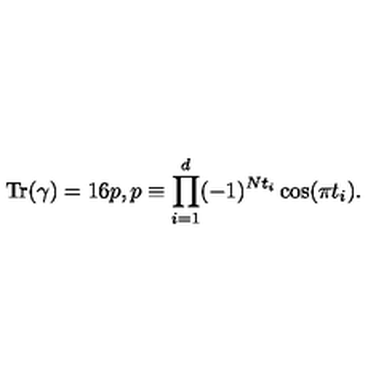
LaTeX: { \mathrm { T r } } ( \gamma ) = 1 6 p , p \equiv \prod _ { i = 1 } ^ { d } ( - 1 ) ^ { N t _ { i } } \cos ( \pi t _ { i } ) .